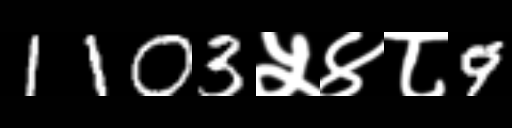
Text: 1103५४८9